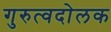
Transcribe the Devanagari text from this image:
गुरुत्वदोलक